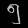
Digit: ၅